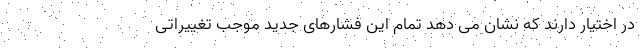
در اختیار دارند که نشان می دهد تمام این فشارهای جدید موجب تغییراتی